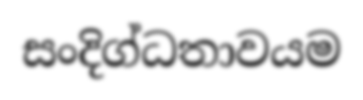
සංදිග්ධතාවයම